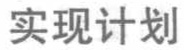
实现计划